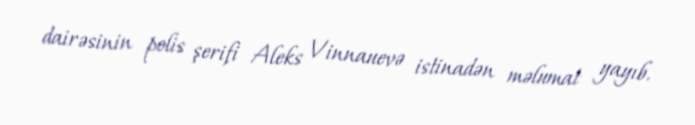
dairəsinin polis şerifi Aleks Vinnauevə istinadən məlumat yayıb.